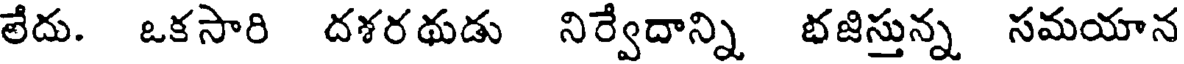
లేదు. ఒకసారి దశరథుడు నిర్వేదాన్ని భజిస్తున్న సమయాన